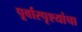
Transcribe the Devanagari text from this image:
पूर्वास्पृश्यांचा